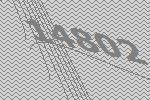
14802